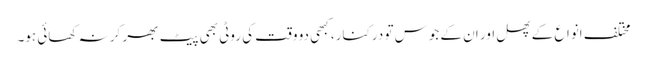
مختلف انواع کے پھل اور ان کے جوس تو درکنار، کبھی دو وقت کی روٹی بھی پیٹ بھر کر نہ کھائی ہو۔